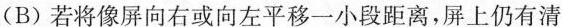
(B)若将像屏向右或向左平移一小段距离，屏上仍有清